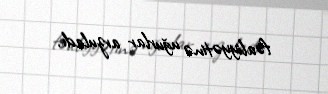
fəaliyyətinə uğurlar arzuladı.